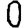
Digit: 0